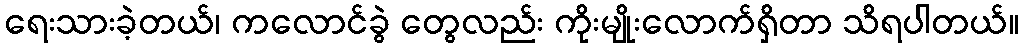
ရေးသားခဲ့တယ်၊ ကလောင်ခွဲ တွေလည်း ကိုးမျိုးလောက်ရှိတာ သိရပါတယ်။